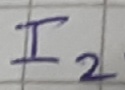
Text: I2